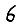
Digit: 6